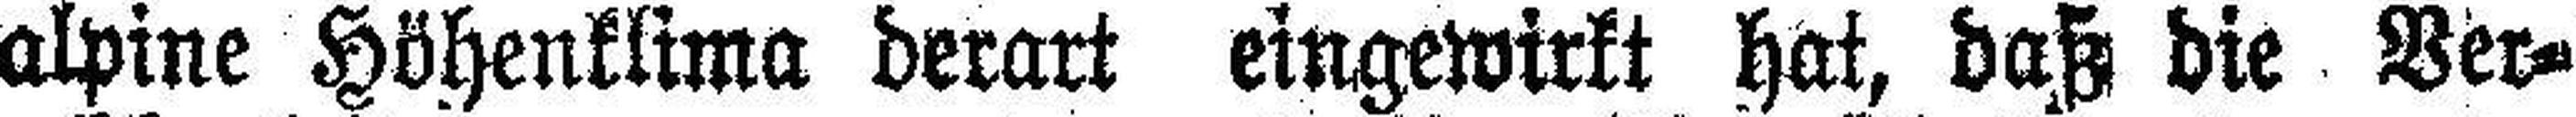
alpine Höhenklima derart eingewirkt hat, daß die Ver¬